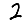
Digit: 2